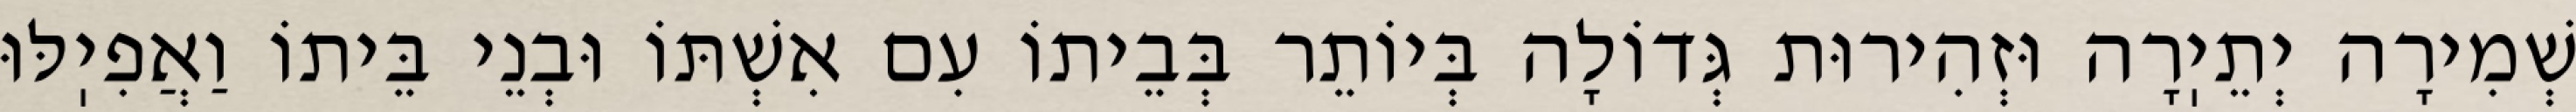
שְׁמִירָה יְתֵיֽרָה וּזְהִירוּת גְּדוֹלָה בְּיוֹתֵר בְּבֵיתוֹ עִם אִשְׁתּוֹ וּבְנֵי בֵּיתוֹ וַאֲפִיֽלּוּ